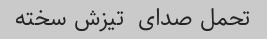
تحمل صدای  تیزش سخته